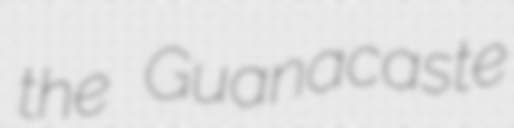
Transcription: the Guanacaste